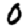
Digit: 0